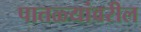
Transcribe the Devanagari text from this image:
पातळ्यांवरील